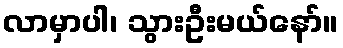
လာမှာပါ၊ သွားဦးမယ်နော်။